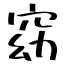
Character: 窈